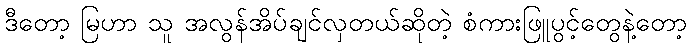
ဒီတော့ မြဟာ သူ အလွန်အိပ်ချင်လှတယ်ဆိုတဲ့ စံကားဖြူပွင့်တွေနဲ့တော့